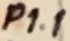
Text: P1.1